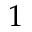
1